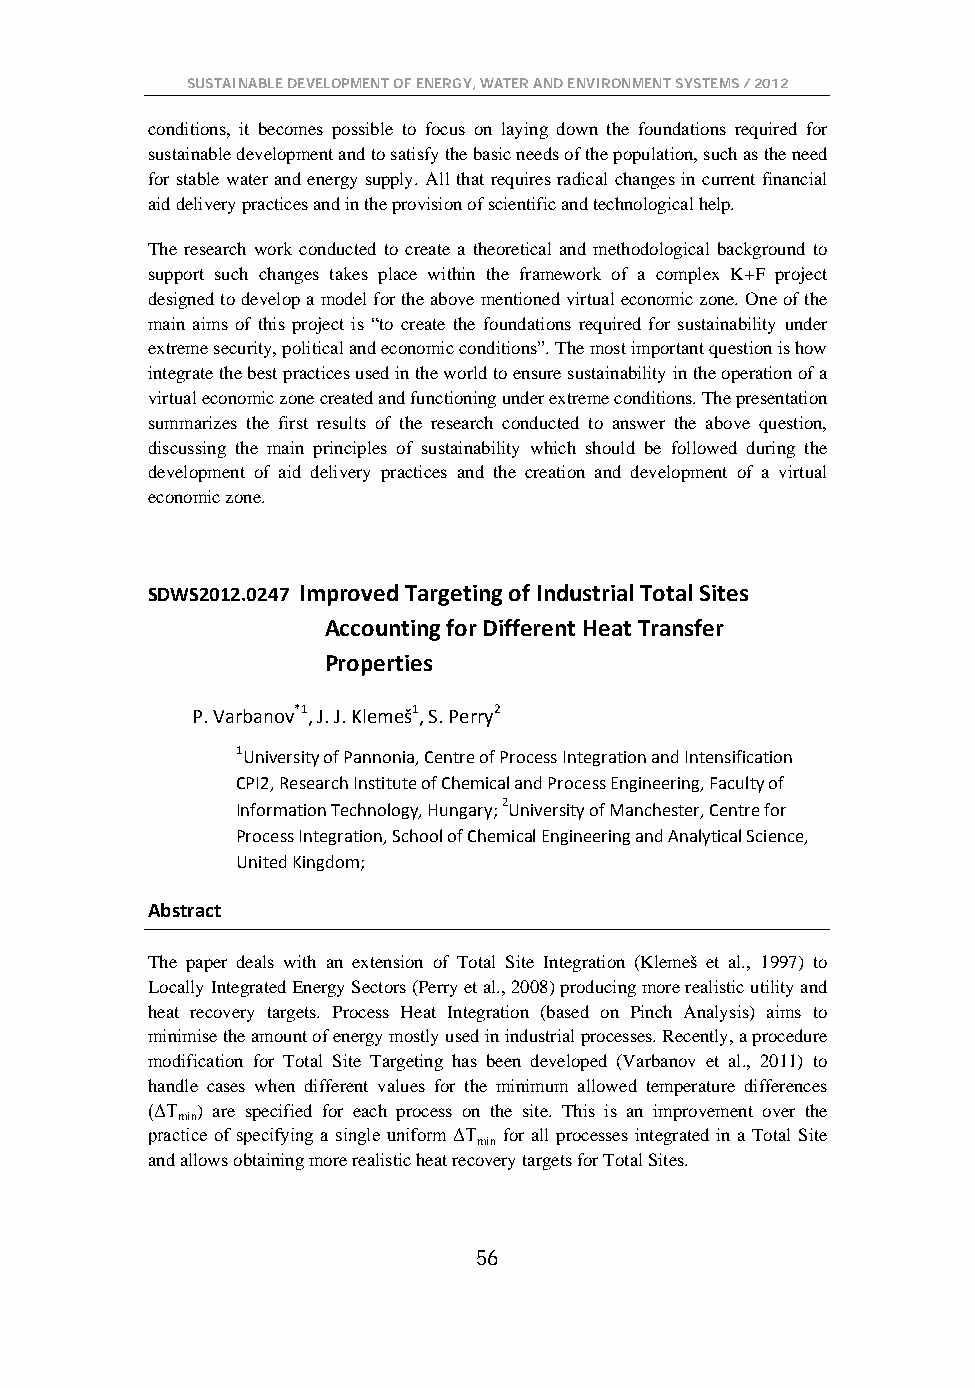
SUSTAINABLE DEVELOPMENT OF ENERGY, WATER AND ENVIRONMENT SYSTEMS / 2012
 conditions, it becomes possible to focus on laying down the foundations required for
 sustainable development and to satisfy the basic needs of the population, such as the need
 for stable water and energy supply. All that requires radical changes in current financial
 aid delivery practices and in the provision of scientific and technological help.
 The research work conducted to create a theoretical and methodological background to
 support such changes takes place within the framework of a complex K+F project
 designed to develop a model for the above mentioned virtual economic zone. One of the
 main aims of this project is “to create the foundations required for sustainability under
 extreme security, political and economic conditions”. The most important question is how
 integrate the best practices used in the world to ensure sustainability in the operation of a
 virtual economic zone created and functioning under extreme conditions. The presentation
 summarizes the first results of the research conducted to answer the above question,
 discussing the main principles of sustainability which should be followed during the
 development of aid delivery practices and the creation and development of a virtual
 economic zone.
 SDWS2012.0247 Improved Targeting of Industrial Total Sites
 Accounting for Different Heat Transfer
 Properties
 P. Varbanov*1, J. J. Klemeš1, S. Perry2
 1University of Pannonia, Centre of Process Integration and Intensification
 CPI2, Research Institute of Chemical and Process Engineering, Faculty of
 Information Technology, Hungary; 2University of Manchester, Centre for
 Process Integration, School of Chemical Engineering and Analytical Science,
 United Kingdom;
 Abstract
 The paper deals with an extension of Total Site Integration (Klemeš et al., 1997) to
 Locally Integrated Energy Sectors (Perry et al., 2008) producing more realistic utility and
 heat recovery targets. Process Heat Integration (based on Pinch Analysis) aims to
 minimise the amount of energy mostly used in industrial processes. Recently, a procedure
 modification for Total Site Targeting has been developed (Varbanov et al., 2011) to
 handle cases when different values for the minimum allowed temperature differences
 (ΔT ) are specified for each process on the site. This is an improvement over the
 min
 practice of specifying a single uniform ΔT for all processes integrated in a Total Site
 min
 and allows obtaining more realistic heat recovery targets for Total Sites.
 56